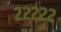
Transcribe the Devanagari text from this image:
२२२२२